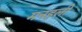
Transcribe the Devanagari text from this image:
मनहली